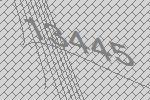
13445